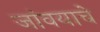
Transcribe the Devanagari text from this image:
जांवयाचे